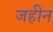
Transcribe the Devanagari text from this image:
जहीन